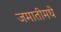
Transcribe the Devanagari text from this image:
जमातीमधे